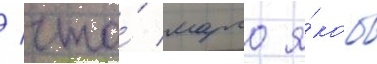
/ что́ марго я́кобы